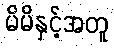
မိမိနှင့်အတူ